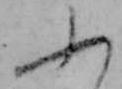
ふ